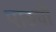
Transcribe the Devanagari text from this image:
पाठची